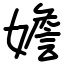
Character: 㜬